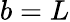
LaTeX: b=L